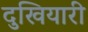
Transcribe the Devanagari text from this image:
दुखियारी